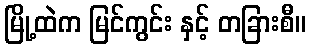
မြို့ထဲက မြင်ကွင်း နှင့် တခြားစီ။